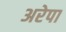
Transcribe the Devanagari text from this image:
अरेपा